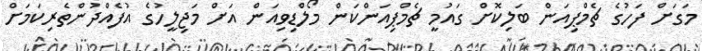
މަގަށް ފަހުގެ ޗެމްޕިއަން ބަލިކޮށް ގައުމީ ޗެމްޕިއަންކަން މޯލްޑިވިއަން އަށް މަޖިލީހުގެ އުފެއްދުންތެރިކަމަށް